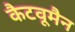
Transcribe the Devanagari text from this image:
कैटवूमैन